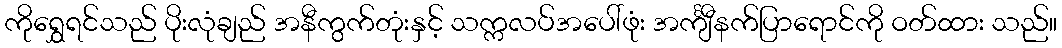
ကိုရွှေရင်သည် ပိုးလုံချည် အနီကွက်တုံးနှင့် သက္ကလပ်အပေါ်ဖုံး အင်္ကျီနက်ပြာရောင်ကို ဝတ်ထား သည်။